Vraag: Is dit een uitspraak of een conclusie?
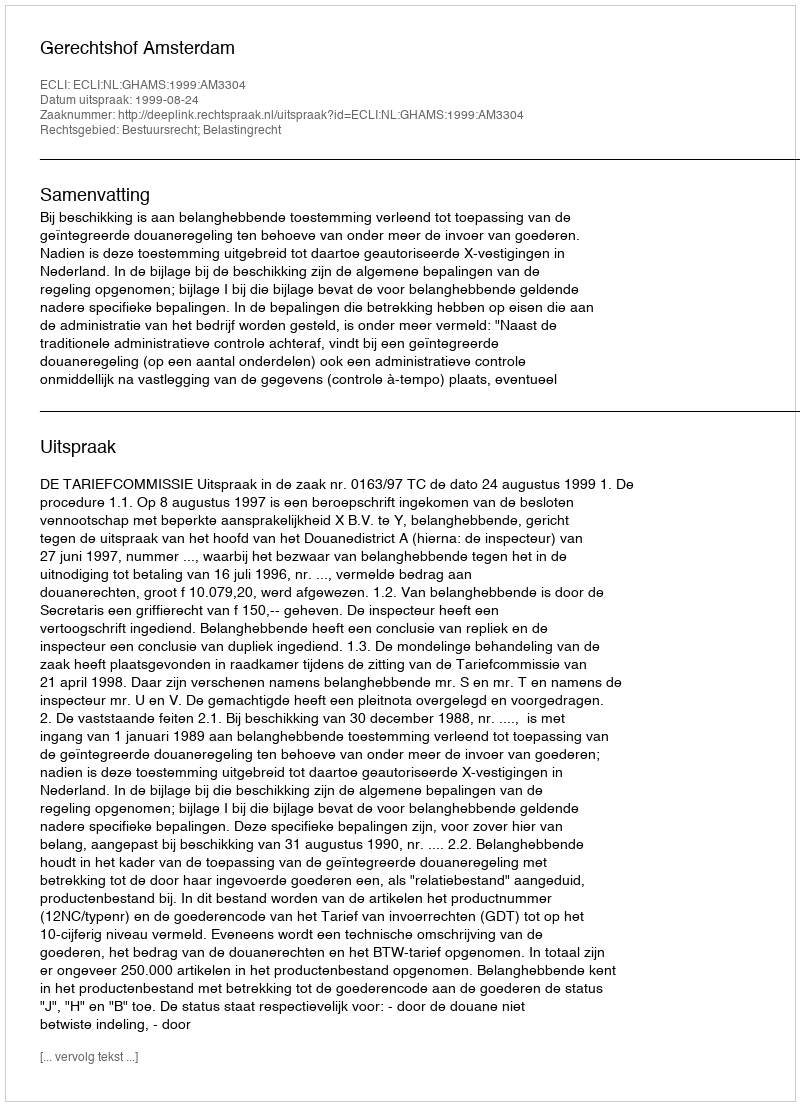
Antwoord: Uitspraak